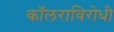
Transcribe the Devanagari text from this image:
कॉलराविरोधी